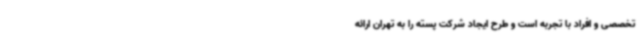
تخصصی و افراد با تجربه است و طرح ایجاد شرکت پسته را به تهران ارائه